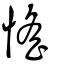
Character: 愮